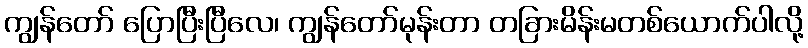
ကျွန်တော် ပြောပြီးပြီလေ၊ ကျွန်တော်မုန်းတာ တခြားမိန်းမတစ်ယောက်ပါလို့